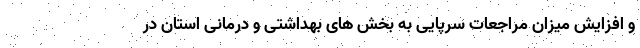
و افزایش میزان مراجعات سرپایی به بخش های بهداشتی و درمانی استان در